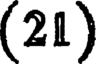
(21)